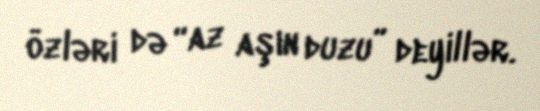
özləri də “az aşın duzu” deyillər.